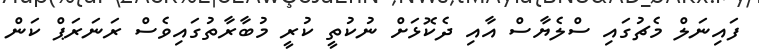
ފައިނަލް މެޗުގައި ސްލެޔާސް އާއި ދެކޮޅަށް ނުކުތީ ކުރީ މުބާރާތުގައިވެސް ރަނަރަޕް ކަން